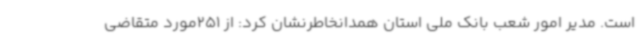
است. مدیر امور شعب بانک ملی استان همدانخاطرنشان کرد: از 251مورد متقاضی